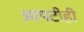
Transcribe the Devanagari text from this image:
आपटीही